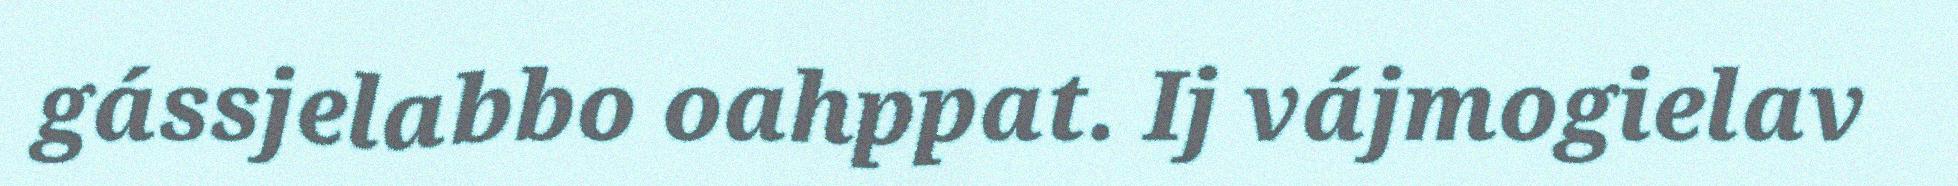
gássjelabbo oahppat. Ij vájmogielav